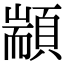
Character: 顓